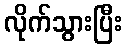
လိုက်သွားပြီး